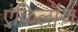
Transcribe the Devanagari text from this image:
एंकिलॉज़